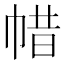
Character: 𢃟